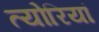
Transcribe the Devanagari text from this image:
त्योरियां